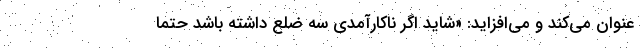
عنوان می‌کند و می‌افزاید: «شاید اگر ناکارآمدی سه ضلع داشته باشد حتما